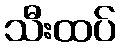
သီးထပ်